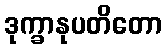
ဒုက္ခာနုပတိတော